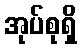
အုပ်စုရှိ